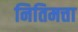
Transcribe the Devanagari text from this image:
नितिमत्ता